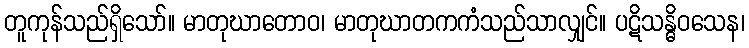
တူကုန်သည်ရှိသော်။ မာတုဃာတောဝ၊ မာတုဃာတကကံသည်သာလျှင်။ ပဋိသန္ဓိဝသေန၊